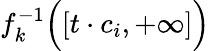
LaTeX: f_{k}^{-1}{\Bigl(}[t\cdot c_{i},+\infty]{\Bigr)}